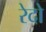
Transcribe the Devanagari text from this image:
रेदो